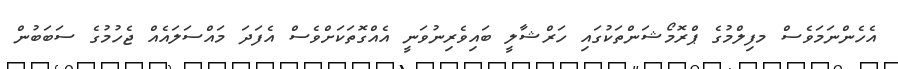
އެހެންނަމަވެސް މފިލްމުގެ ޕްރޮމޯޝަންތަކުގައި ހަރްޝާލީ ބައިވެރިނުވަނީ އެއްގޮތަކަށްވެސް އެފަދަ މައްސަލައެއް ޖެހުމުގެ ސަބަބުން